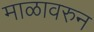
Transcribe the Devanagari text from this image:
माळावरुन